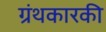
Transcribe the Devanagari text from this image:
ग्रंथकारकी